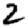
Digit: 2